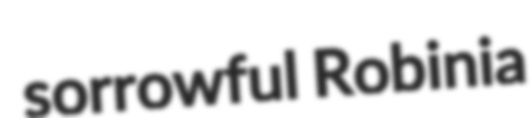
sorrowful Robinia